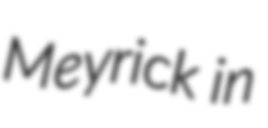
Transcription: Meyrick in